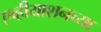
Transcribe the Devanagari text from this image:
एव्हीयाशनच्या